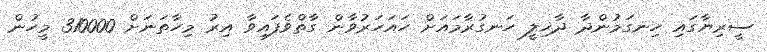
ސީރިޔާގައި ހިނގަމުންދާ ދާޚިލީ ހަނގުރާމައަށް ހައަހަރުވާން ގާތްވެފައިވާ އިރު މިހާތަނަށް 310000 މީހުން